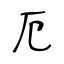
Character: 厄